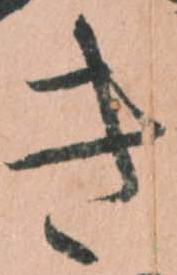
き